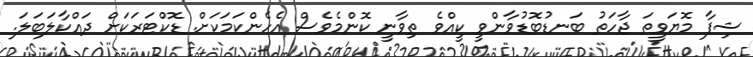
ޝިފާ މޮޔަވީތަ ޖާހަތު ބަނޑުބޮޑުވާންވީ ކީއްވެ ތިވާނީ ކޮންމެވެސް އެހެންކަމަކަށް. ޑޮކްޓަރަކަށް ދައްކާލަބަލަ.